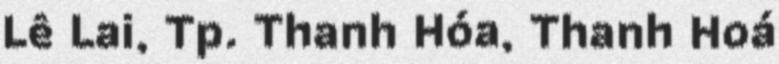
Lê Lai, Tp. Thanh Hóa, Thanh Hoá